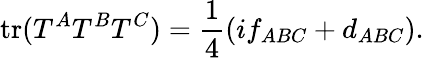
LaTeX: \mathrm{tr}(T^{A}T^{B}T^{C})={\frac{1}{4}}(if_{ABC}+d_{ABC}).